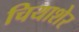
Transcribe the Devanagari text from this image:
चियाशेर